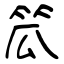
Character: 笟